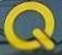
Q